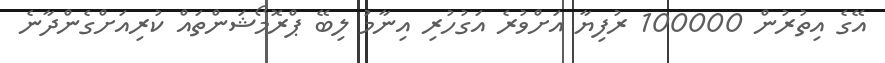
އޭގެ އިތުރުން 100000 ރުފިޔާ އަށްވުރެ އަގުހުރި އިނާމު ލިބޭ ޕްރޮމޯޝަންތައް ކުރިއަށްގެންދާނެ